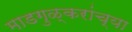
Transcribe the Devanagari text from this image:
माडगुळ्करांच्या